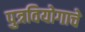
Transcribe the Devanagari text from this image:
पुत्रवियोगाचे